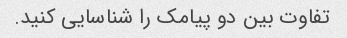
تفاوت بین دو پیامک را شناسایی کنید.